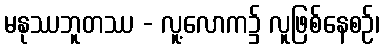
မနုဿဘူတဿ - လူ့လောက၌ လူဖြစ်နေစဉ်၊